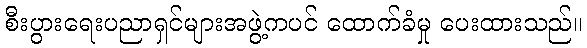
စီးပွားရေးပညာရှင်များအဖွဲ့ကပင် ထောက်ခံမှု ပေးထားသည်။